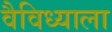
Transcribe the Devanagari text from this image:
वैविध्याला